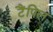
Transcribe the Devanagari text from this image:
टैंपिल